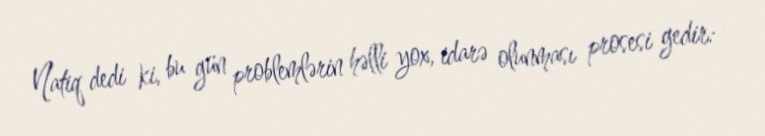
Natiq dedi ki, bu gün problemlərin həlli yox, idarə olunması prosesi gedir: